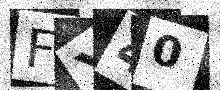
Text: FX40